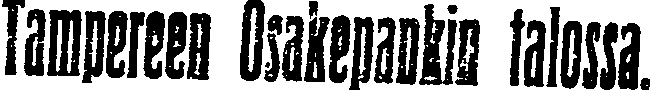
Tampereen Osakepankin talossa.